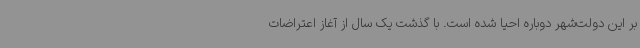
بر این دولت‌شهر دوباره احیا شده است. با گذشت یک سال از آغاز اعتراضات